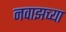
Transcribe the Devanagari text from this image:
नवाझच्या